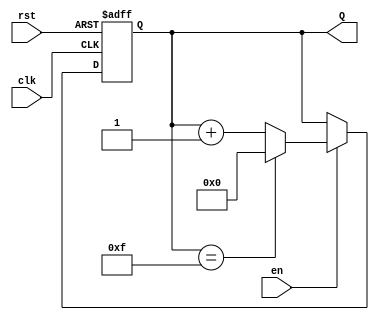
module binary_up_counter #(
    parameter N = 4  // Number of bits in the counter
)(
    input wire clk,     // Clock input
    input wire rst,     // Asynchronous reset
    input wire en,      // Enable signal
    output reg [N-1:0] Q // n-bit counter output
);

    // Counter logic
    always @(posedge clk or posedge rst) begin
        if (rst) begin
            Q <= 0;  // Reset counter to 0
        end else if (en) begin
            if (Q == (2**N - 1)) begin
                Q <= 0;  // Wrap around if max value is reached
            end else begin
                Q <= Q + 1; // Increment counter
            end
        end
    end

endmodule